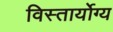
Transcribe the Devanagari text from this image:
विस्तार्योग्य